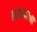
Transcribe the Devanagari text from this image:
स्वरलिपीची